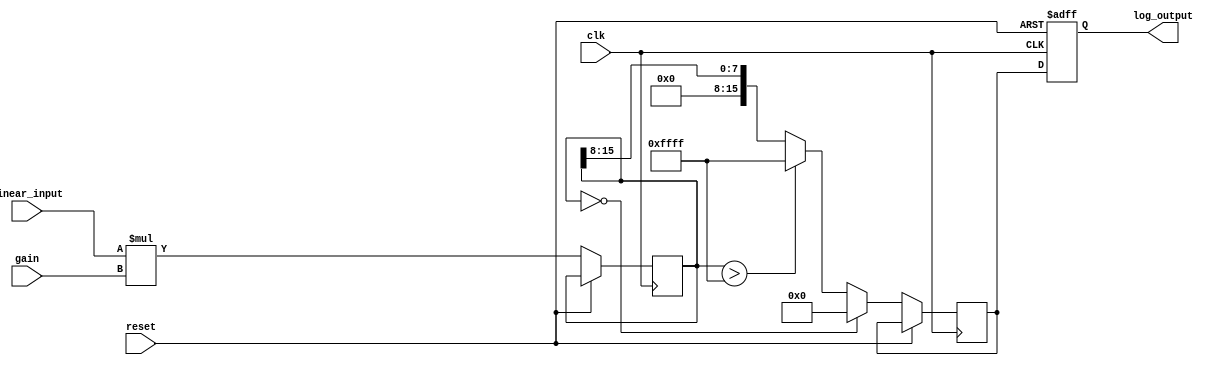
module LogarithmicAmplifier (
    input wire [15:0] linear_input, // 16-bit linear input signal
    input wire clk,                 // Clock signal
    input wire reset,               // Reset signal
    input wire [7:0] gain,          // Gain setting (8-bit)
    output reg [15:0] log_output    // 16-bit logarithmic output signal
);

// Internal signals
reg [15:0] scaled_input;
reg [15:0] log_value;

// Logarithmic approximation function
function [15:0] log_approx;
    input [15:0] x;
    begin
        if (x == 0) begin
            log_approx = 16'h0000; // log(0) is undefined, return 0
        end else begin
            // Simple piecewise linear approximation of log
            // This is a placeholder for actual log calculations
            log_approx = (x > 16'hFFFF) ? 16'hFFFF : (x >> 8); // Example approximation
        end
    end
endfunction

// Scaling and logarithmic conversion
always @(posedge clk or posedge reset) begin
    if (reset) begin
        log_output <= 16'h0000;
    end else begin
        // Scale the input by the gain
        scaled_input <= linear_input * gain;
        
        // Calculate the logarithmic value
        log_value <= log_approx(scaled_input);
        
        // Output the logarithmic value
        log_output <= log_value;
    end
end

endmodule